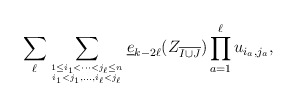
\begin{gather*} \sum_{\ell} \sum_{1 \le i_1 < \cdots < j_{\ell} \le n \atop i_1 < j_1,\ldots, i_{\ell} < j_{\ell}} \underline{e}_{k-2\ell}(Z_{\overline{I \cup J}})\prod_{a=1}^{\ell} u_{i_{a},j_{a}},\end{gather*}